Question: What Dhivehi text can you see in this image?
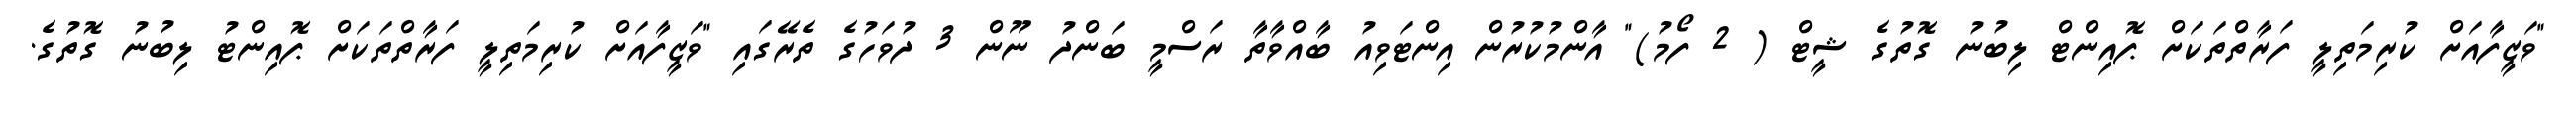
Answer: "ވަޒީފާއަށް ކުރިމަތިލީ ފަރާތްތަކަށް ޕޮއިންޓް ލިބުނު ގޮތުގެ ޝީޓް ( 2 ފޯމު)" އާންމުކުރުން އިންޓަވިއު ބާއްވާތާ ރަސްމީ ބަންދު ނޫން 3 ދުވަހުގެ ތެރޭގައި "ވަޒީފާއަށް ކުރިމަތިލީ ފަރާތްތަކަށް ޕޮއިންޓު ލިބުނު ގޮތުގެ.